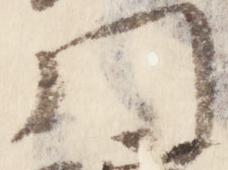
門